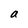
Character: a